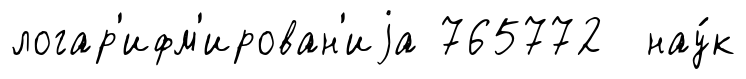
логар'ифм'ирован'иjа 765772 нау́к